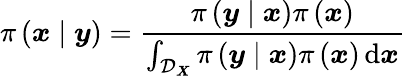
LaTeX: \pi\left(\boldsymbol{x}\mid\boldsymbol{y}\right)=\frac{\pi\left(\boldsymbol{y}\mid\boldsymbol{x}\right)\pi\left(\boldsymbol{x}\right)}{\int_{\mathcal{D}_{\boldsymbol{X}}}\pi\left(\boldsymbol{y}\mid\boldsymbol{x}\right)\pi\left(\boldsymbol{x}\right)\, \mathrm{d}\boldsymbol{x}}